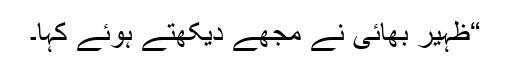
“ظہیر بھائی نے مجھے دیکھتے ہوئے کہا۔